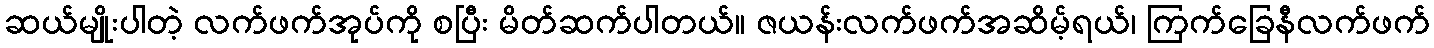
ဆယ်မျိုးပါတဲ့ လက်ဖက်အုပ်ကို စပြီး မိတ်ဆက်ပါတယ်။ ဇယန်းလက်ဖက်အဆိမ့်ရယ်၊ ကြက်ခြေနီလက်ဖက်